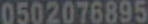
0502076895